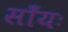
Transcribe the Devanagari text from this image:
साँयः